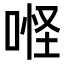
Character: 𠶔